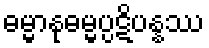
ဓမ္မာနုဓမ္မပ္ပဋိပန္နဿ